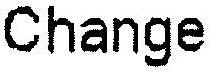
CHANGE